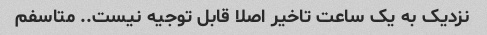
نزدیک به یک ساعت تاخیر اصلا قابل توجیه نیست.. متاسفم